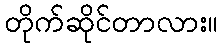
တိုက်ဆိုင်တာလား။